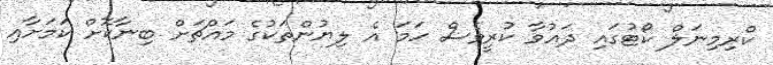
ކްރިމިނަލް ކޯޓުގައި ދައުވާ ކުރީވެސް ހަމަ އެ ލިޔުންތަކުގެ މައްޗަށް ބިނާކޮށް ކަމަށާއި